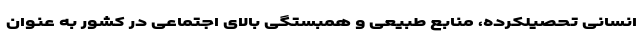
انسانی تحصیلکرده، منابع طبیعی و همبستگی بالای اجتماعی در کشور به عنوان